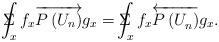
LaTeX: \begin{align*}\Sigma \!\!\!\!\!\!\int_xf_x\overrightarrow{P\left( U_n\right) }g_x=\Sigma\!\!\!\!\!\!\int_xf_x\overleftarrow{P\left( U_n^{}\right) }g_x.\end{align*}